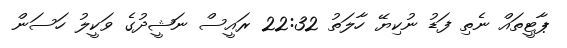
ޕާޓީތައް ނެތި ފަޑު ނުކިޔޭ ހާލަތު 22:32 ރައީސް ނަޝީދުގެ ވަކީލު ހަސަން